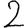
Digit: 2